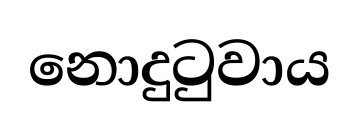
නොදුටුවාය